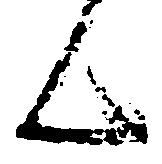
ん